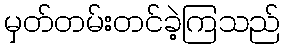
မှတ်တမ်းတင်ခဲ့ကြသည်